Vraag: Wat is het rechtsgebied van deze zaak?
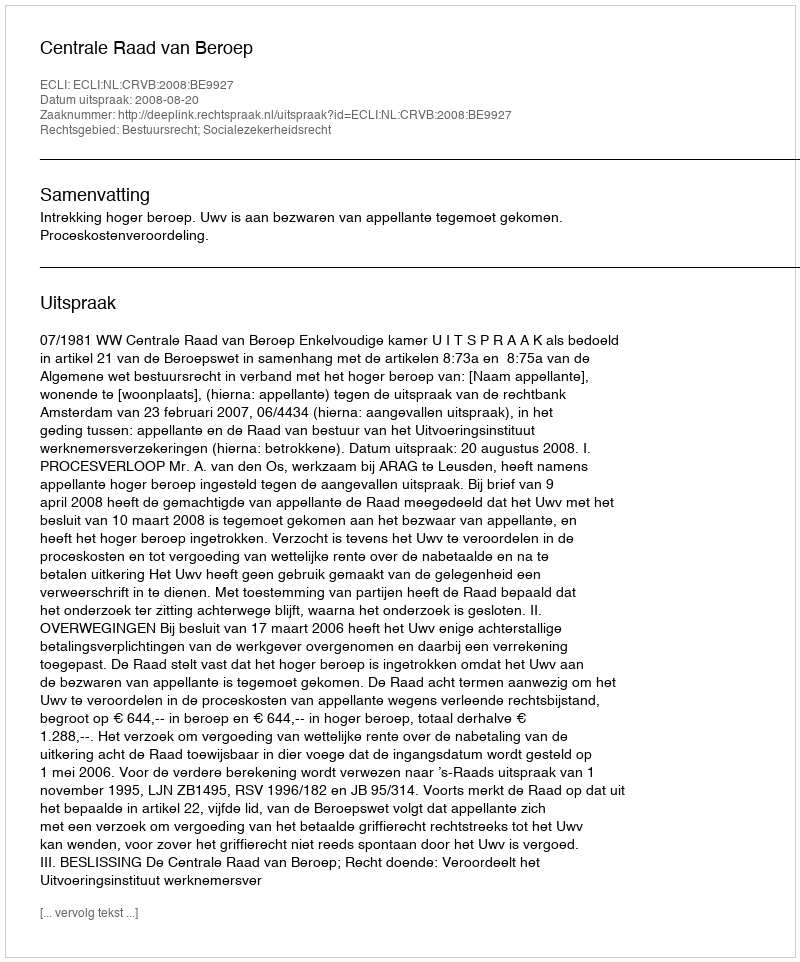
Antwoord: Bestuursrecht; Socialezekerheidsrecht